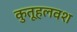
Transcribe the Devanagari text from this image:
कुतूहलवश